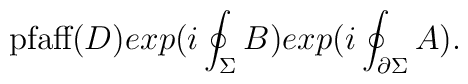
\textup{pfaff}(D)exp(i\oint_{\Sigma}B)exp(i\oint_{\partial\Sigma}A) .